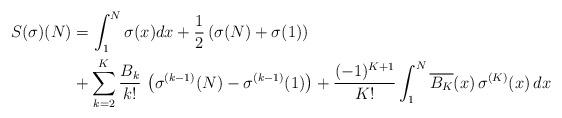
LaTeX: \begin{align*} S(\sigma)(N) & = \int_1^N\sigma(x)dx + \frac{1}{2}\left(\sigma(N)+\sigma(1)\right) \\ & + \sum_{k=2}^K\frac{B_k}{k!}\,\left(\sigma^{(k-1)}(N)- \sigma^{(k-1)}(1)\right) + \frac{(-1)^{K+1}}{K!}\int_1^N \overline{B_{K}}(x)\,\sigma^{(K)}(x)\, dx\end{align*}